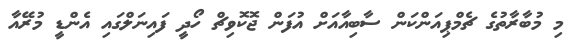
މި މުބާރާތުގެ ޗެމްޕިއަންކަން ސާބިއާއަށް އުފަން ޖޮކޮވިޗް ހޯދީ ފައިނަލްގައި އެންޑީ މުރޭއާ